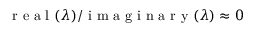
\mathrm { ~ r ~ e ~ a ~ l ~ } ( \lambda ) / \mathrm { ~ i ~ m ~ a ~ g ~ i ~ n ~ a ~ r ~ y ~ } ( \lambda ) \approx 0